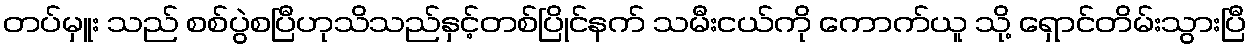
တပ်မှူး သည် စစ်ပွဲစပြီဟုသိသည်နှင့်တစ်ပြိုင်နက် သမီးငယ်ကို ကောက်ယူ သို့ ရှောင်တိမ်းသွားပြီ